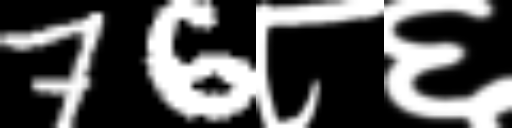
Text: 76८६